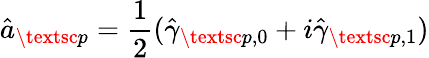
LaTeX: \hat{a}_{\textsc{p}}=\frac{1}{2}(\hat{\gamma}_{\textsc{p},0}+i\hat{\gamma}_{\textsc{p},1})